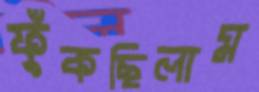
ফুঁকছিলাম